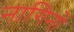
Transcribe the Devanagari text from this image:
नागिनों